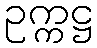
ဥက္ကဋ္ဌ